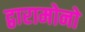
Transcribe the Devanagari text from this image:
द्वारामोनो